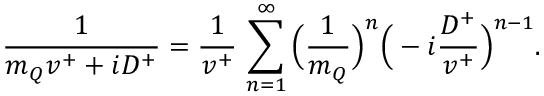
{ \frac { 1 } { m _ { Q } v ^ { + } + i D ^ { + } } } = { \frac { 1 } { v ^ { + } } } \, \sum _ { n = 1 } ^ { \infty } \Big ( { \frac { 1 } { m _ { Q } } } \Big ) ^ { n } \Big ( - i { \frac { D ^ { + } } { v ^ { + } } } \Big ) ^ { n - 1 } .